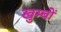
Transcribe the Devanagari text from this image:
खुम्बों